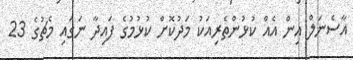
އާސެނަލް އިން އެއް ކުޅުންތެރިއަކު މަދުކޮށް ކުޅުމުގެ ފައިދާ ނަގައި މެޗުގެ 23